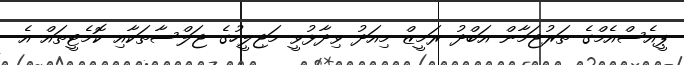
ޕީއެސްއެމްގެ ތަރުޖަމާން އަބްދު ރަމީޒް މިއަދު ވިދާޅުވީ މަޖިލީހުގެ ޖަލްސާތަކާއި ކޮމެޓީތައް އެ